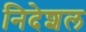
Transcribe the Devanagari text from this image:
निदेशल